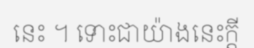
នេះ ។ ទោះជាយ៉ាងនេះក្តី